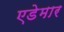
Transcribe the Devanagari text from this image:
एडेमार